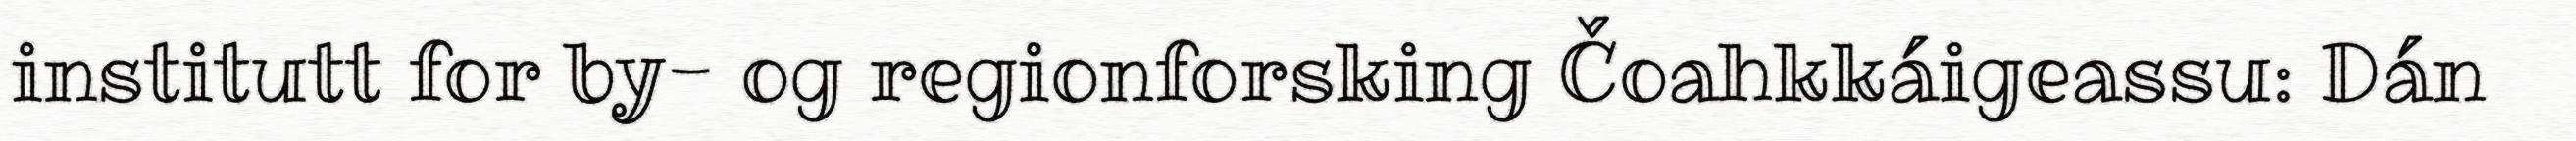
institutt for by- og regionforsking Čoahkkáigeassu: Dán